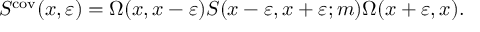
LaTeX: S ^ { \mathrm { c o v } } ( x , \varepsilon ) = \Omega ( x , x - \varepsilon ) S ( x - \varepsilon , x + \varepsilon ; m ) \Omega ( x + \varepsilon , x ) .